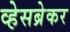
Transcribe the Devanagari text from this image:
व्हेसब्रेकर